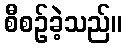
စီစဉ်ခဲ့သည်။